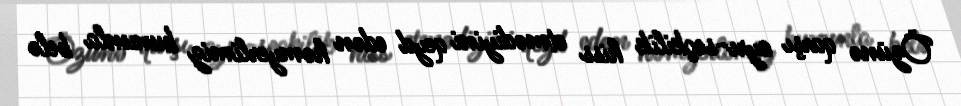
Özünə qarşı ayrı-seçkilik hiss etmədiyini qeyd edən həmyerlimiz bununla belə